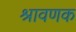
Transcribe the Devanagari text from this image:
श्रावणक